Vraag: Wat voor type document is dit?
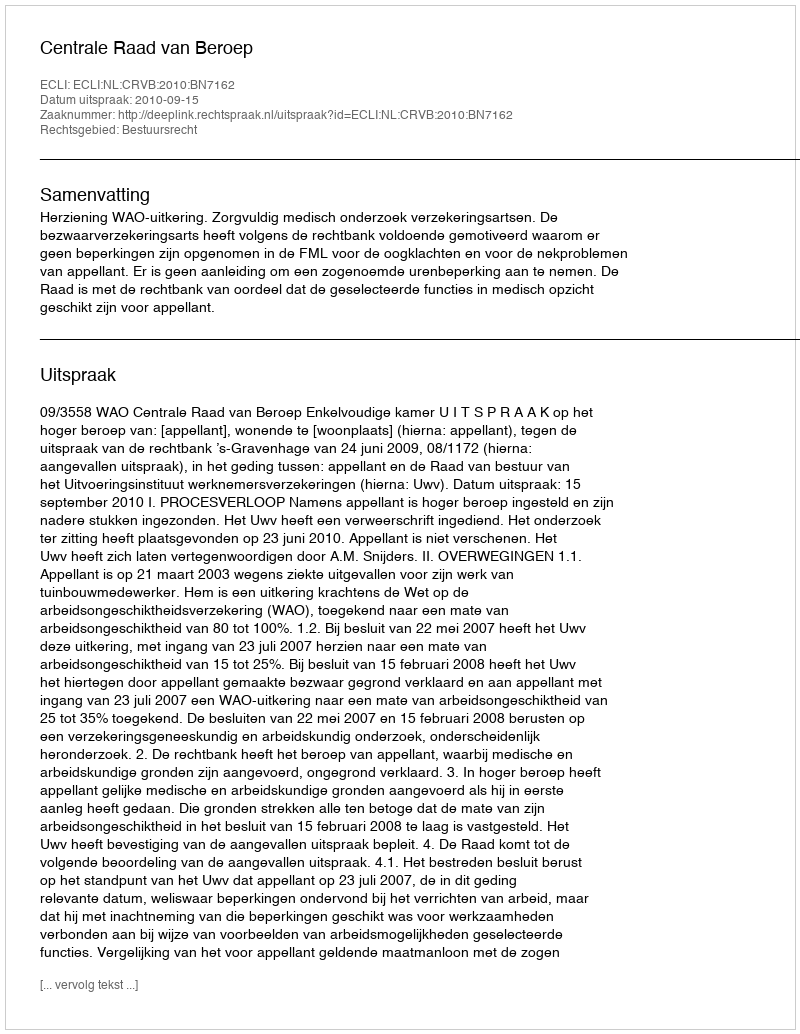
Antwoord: Uitspraak